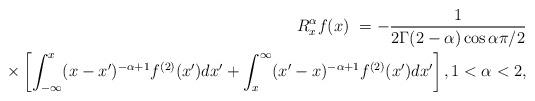
LaTeX: \begin{align*}R_{x}^{\alpha}f(x)\ =-\frac{1}{2\Gamma(2-\alpha)\cos\alpha\pi/2}\\\times\left[ \int_{-\infty}^{x}(x-x^{\prime})^{-\alpha+1}f^{(2)}(x^{\prime})dx^{\prime}+\int_{x}^{\infty}(x^{\prime}-x)^{-\alpha+1}f^{(2)}(x^{\prime})dx^{\prime}\right] ,1<\alpha<2,\end{align*}